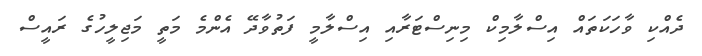
ދެއްކި ވާހަކަތައް އިސްލާމިކް މިނިސްޓަރާއި އިސްލާމީ ފަތުވާދޭ އެންމެ މަތީ މަޖިލީހުގެ ރައީސް